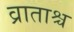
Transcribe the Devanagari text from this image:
व्राताश्च